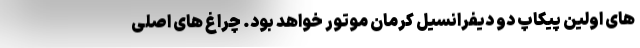
های اولین پیکاپ دو دیفرانسیل کرمان موتور خواهد بود. چراغ های اصلی